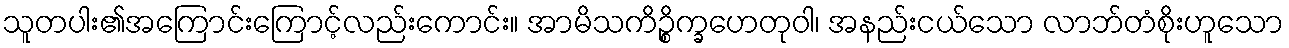
သူတပါး၏အကြောင်းကြောင့်လည်းကောင်း။ အာမိသကိဉ္စိက္ခဟေတုဝါ၊ အနည်းငယ်သော လာဘ်တံစိုးဟူသော